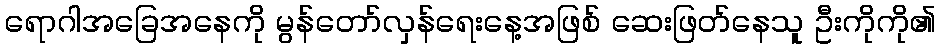
ရောဂါအခြေအနေကို မွန်တော်လှန်ရေးနေ့အဖြစ် ဆေးဖြတ်နေသူ ဦးကိုကို၏